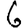
Digit: 6